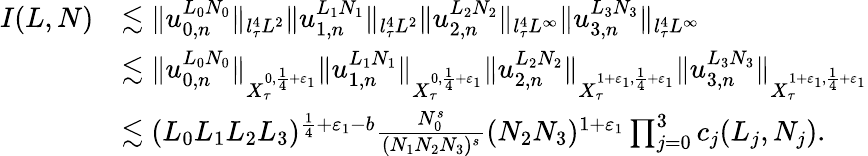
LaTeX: \begin{array}{rl}{I(L,N)}&{\lesssim\Vert u_{0,n}^{L_{0}N_{0}}\Vert_{l_{\tau}^{4}L^{2}}\Vert u_{1,n}^{L_{1}N_{1}}\Vert_{l_{\tau}^{4}L^{2}}\Vert u_{2,n}^{L_{2}N_{2}}\Vert_{l_{\tau}^{4}L^{\infty}}\Vert u_{3,n}^{L_{3}N_{3}}\Vert_{l_{\tau}^{4}L^{\infty}}}\\ &{\lesssim\Vert u_{0,n}^{L_{0}N_{0}}\Vert_{X_{\tau}^{0,{\frac{1}{4}}+\varepsilon_{1}}}\Vert u_{1,n}^{L_{1}N_{1}}\Vert_{X_{\tau}^{0,{\frac{1}{4}}+\varepsilon_{1}}}\Vert u_{2,n}^{L_{2}N_{2}}\Vert_{X_{\tau}^{1+\varepsilon_{1},{\frac{1}{4}}+\varepsilon_{1}}}\Vert u_{3,n}^{L_{3}N_{3}}\Vert_{X_{\tau}^{1+\varepsilon_{1},{\frac{1}{4}}+\varepsilon_{1}}}}\\ &{\lesssim(L_{0}L_{1}L_{2}L_{3})^{\frac{1}{4}+\varepsilon_{1}-b}\frac{N_{0}^{s}}{(N_{1}N_{2}N_{3})^{s}}(N_{2}N_{3})^{1+\varepsilon_{1}}\prod_{j=0}^{3}c_{j}(L_{j},N_{j}).}\end{array}